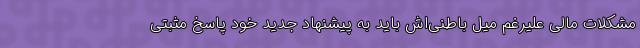
مشکلات مالی علیرغم میل باطنی‌اش باید به پیشنهاد جدید خود پاسخ مثبتی